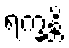
ရက္ခန္တိ